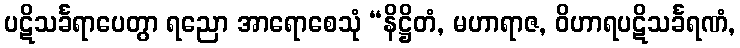
ပဋိသင်္ခရာပေတွာ ရညော အာရောစေသုံ “နိဋ္ဌိတံ, မဟာရာဇ, ဝိဟာရပဋိသင်္ခရဏံ,